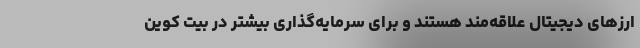
ارزهای دیجیتال علاقه‌مند هستند و برای سرمایه‌گذاری بیشتر در بیت کوین